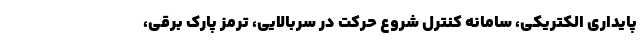
پایداری الکتریکی، سامانه کنترل شروع حرکت در سربالایی، ترمز پارک برقی،